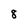
Character: 8